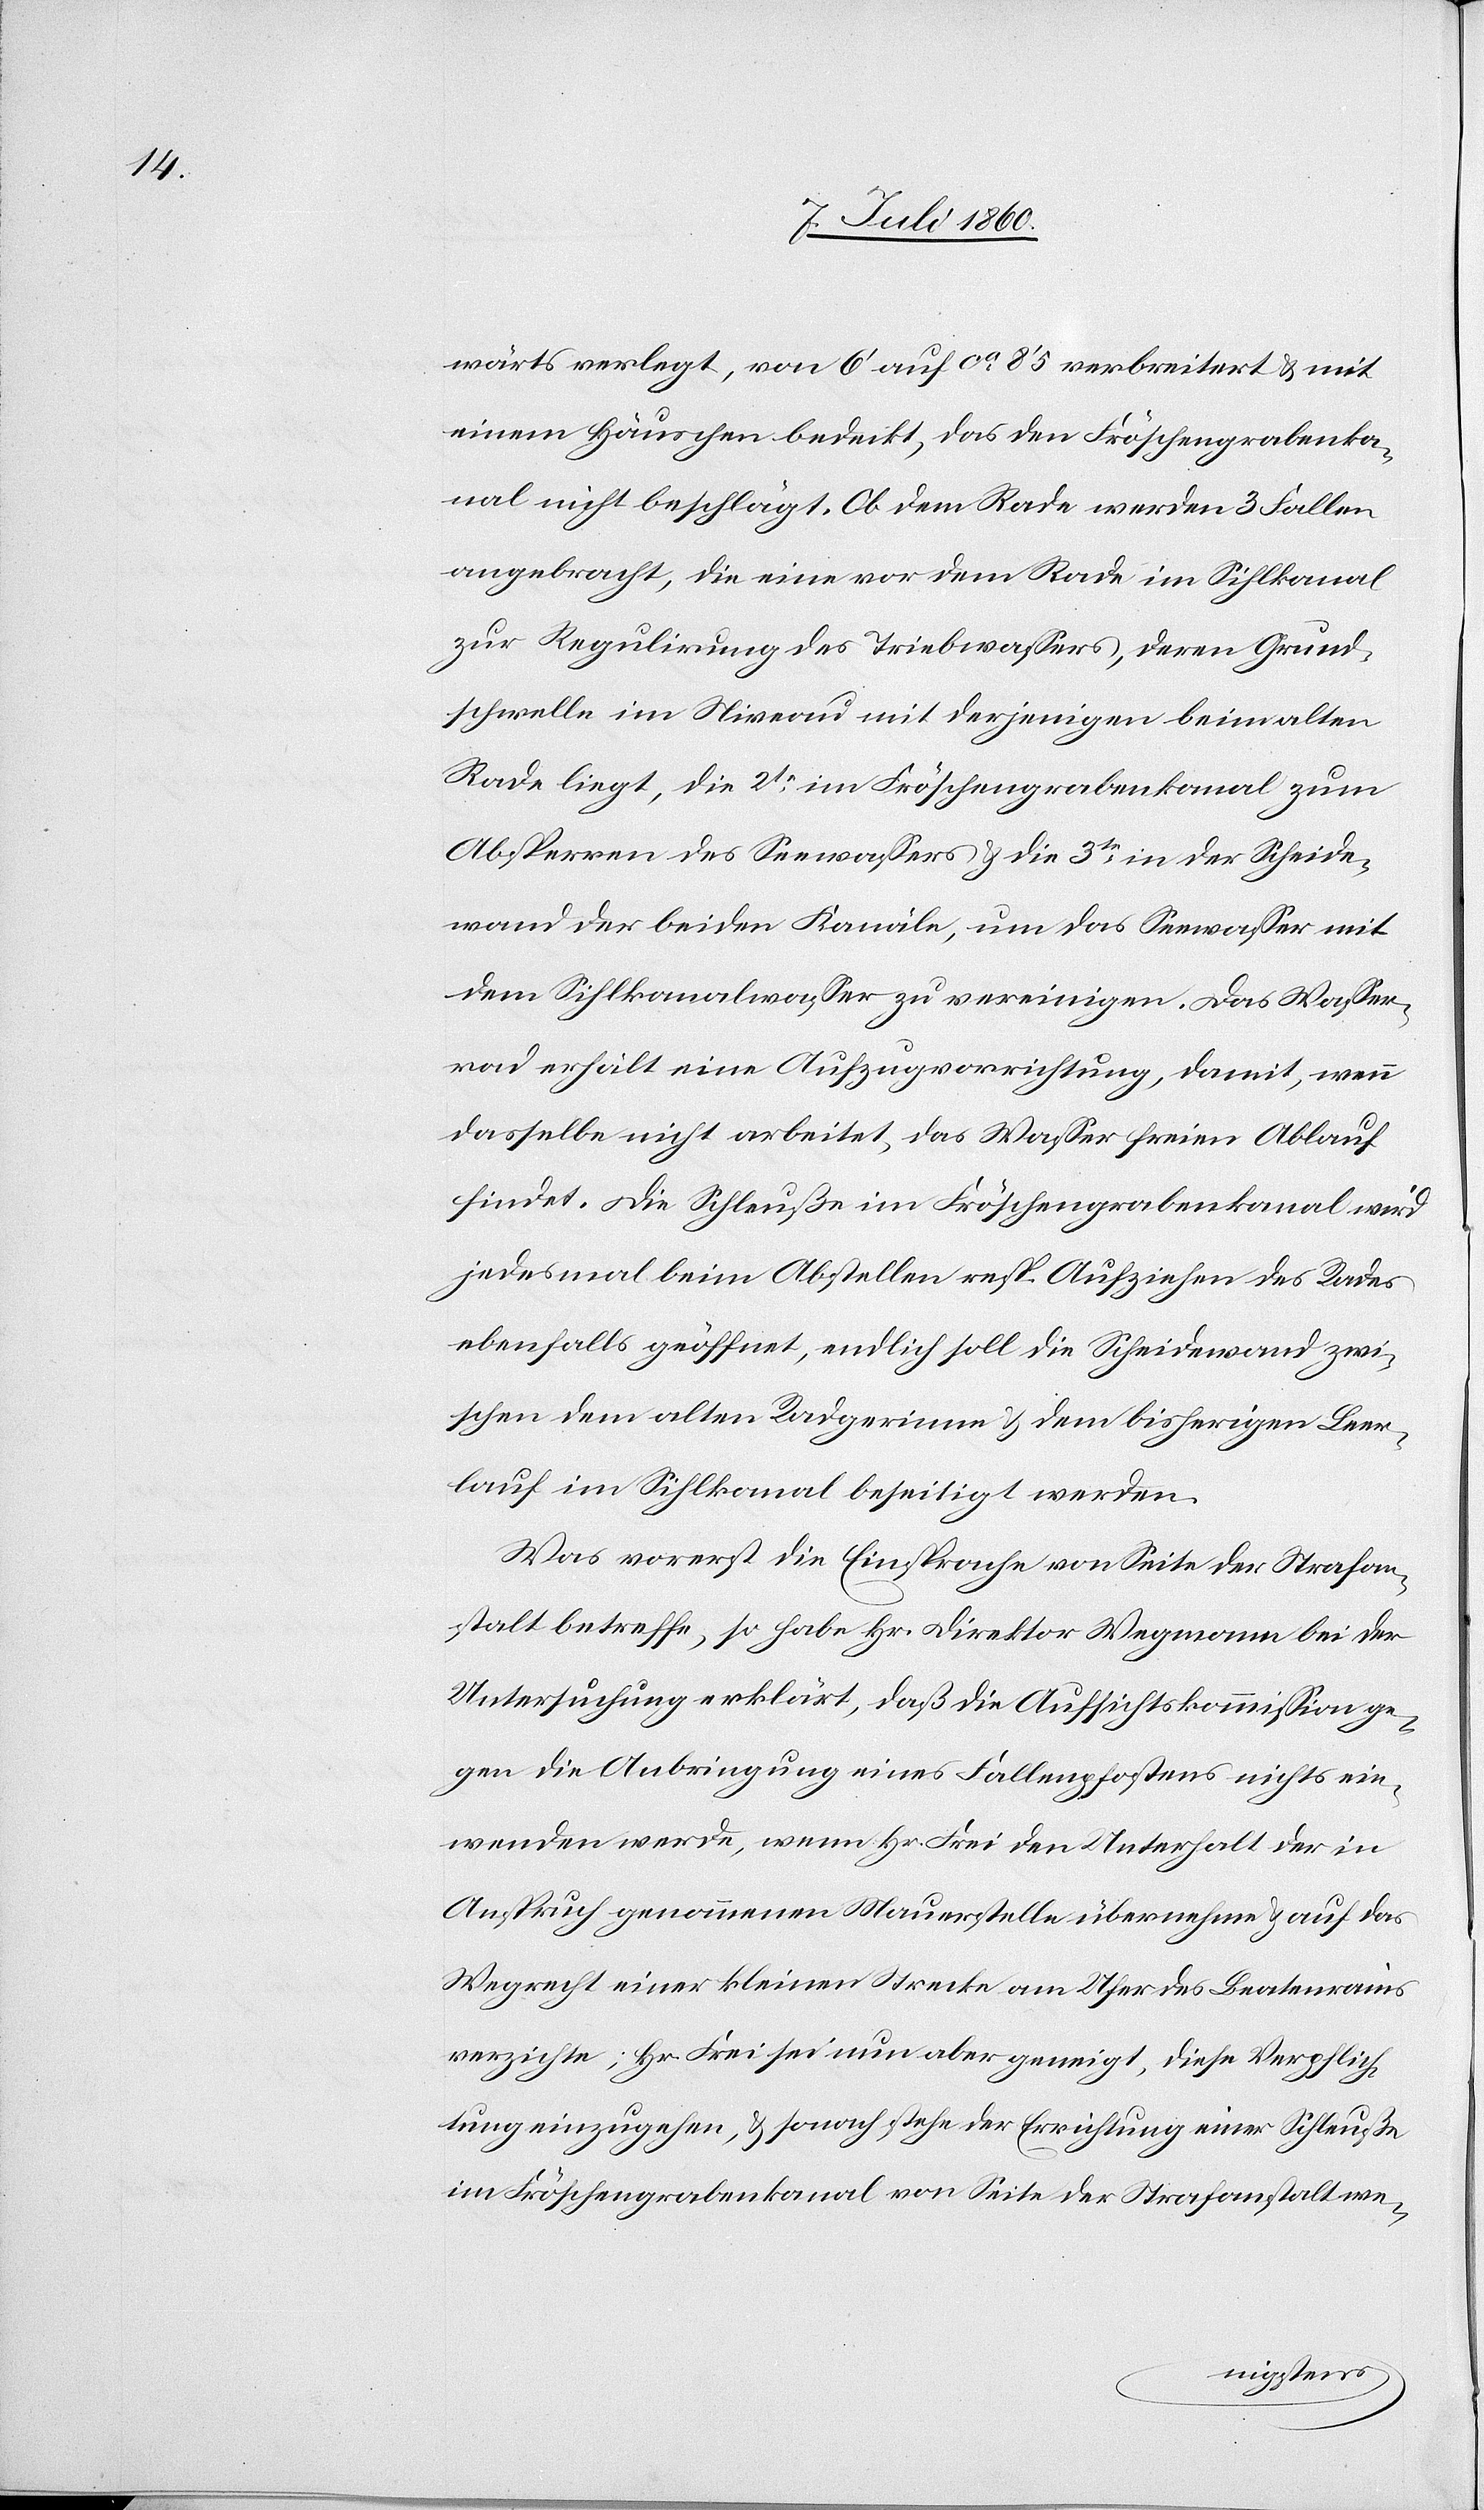
wärts verlegt, von 6’ auf ca. 8’5[’’] verbreitert & mit
einem Häuschen bedeckt, das den Fröschengrabenka¬
nal nicht beschlägt. Ob dem Rade werden 3 Fallen
angebracht, die eine vor dem Rade im Sihlkanal
zur Regulirung des Triebwassers, deren Grund¬
schwelle im Niveau mit derjenigen beim alten
Rade liegt, die 2te. im Fröschengrabenkanal zum
Absperren des Seewassers & die 3te. in der Scheide¬
wand der beiden Kanäle, um das Seewasser mit
dem Sihlkanalwasser zu vereinigen. Das Wasser¬
rad erhält eine Aufzugvorrichtung, damit, wenn
dasselbe nicht arbeitet, das Wasser freien Ablauf
findet. Die Schleuße im Fröschengrabenkanal wird
jedesmal beim Abstellen resp. Aufziehen des Rades
ebenfalls geöffnet, endlich soll die Scheidewand zwi¬
schen dem alten Radgerinne & dem bisherigen Leer¬
lauf im Sihlkanal beseitigt werden.
Was vorerst die Einsprache von Seite der Strafan¬
stalt betreffe, so habe Hr. Direktor Wegmann bei der
Untersuchung erklärt, daß die Aufsichtskommission ge¬
gen die Anbringung eines Fallenpfostens nichts ein¬
wenden werde, wenn Hr. Frei den Unterhalt der in
Anspruch genommenen Mauerstelle übernehme & auf das
Wegrecht einer kleinen Strecke am Ufer des Beatenrains
verzichte; Hr. Frei sei nun aber geneigt, diese Verpflich¬
tung einzugehen, & sonach stehe der Errichtung einer Schleuße
im Fröschengrabenkanal von Seite der Strafanstalt we-